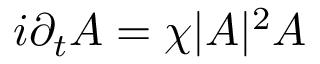
i \partial _ { t } A = \chi | A | ^ { 2 } A